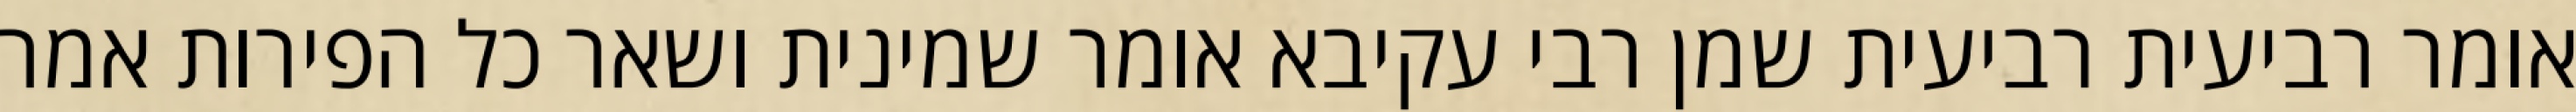
אומר רביעית רביעית שמן רבי עקיבא אומר שמינית ושאר כל הפירות אמר